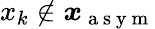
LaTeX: x_{k}\notin\boldsymbol{x}_{\mathrm{~a~s~y~m~}}